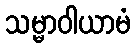
သမ္မာဝါယာမံ